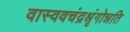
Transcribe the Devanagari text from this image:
वास्ववचंद्रश्रृंगोन्नति